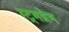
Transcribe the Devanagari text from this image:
स्ट्रमग्रेन